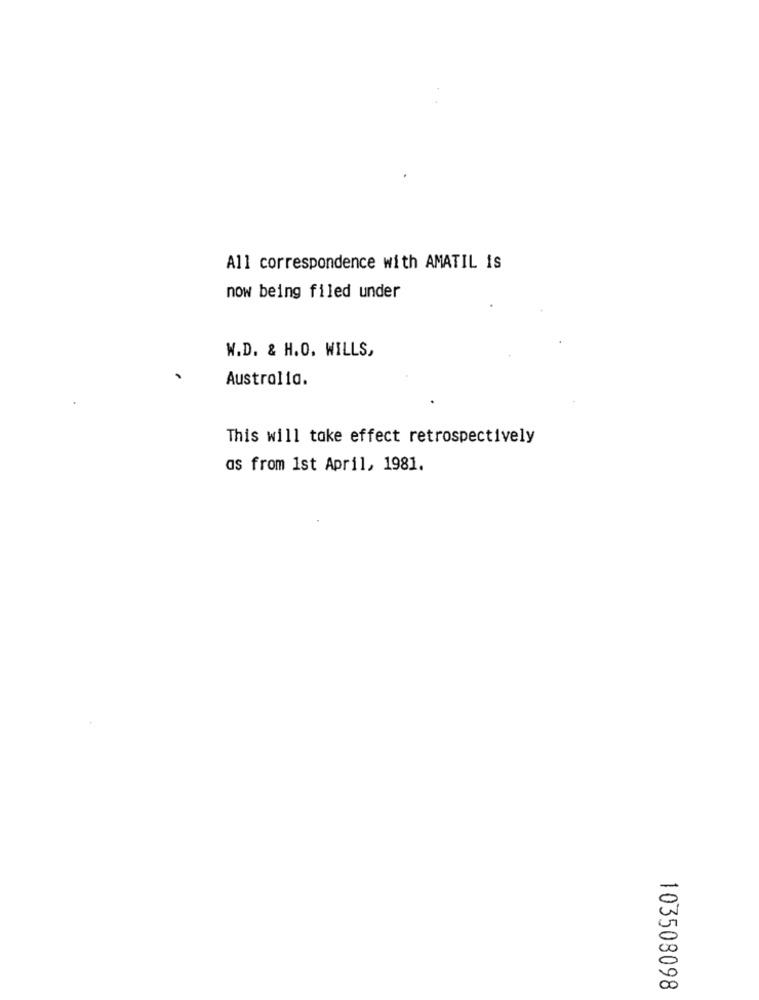
All correspondence with AMATIL IS
now being filed under
W.D. & H.O. WILLS,
Australia.
This will take effect retrospectively
as from 1st April, 1981.
103508098